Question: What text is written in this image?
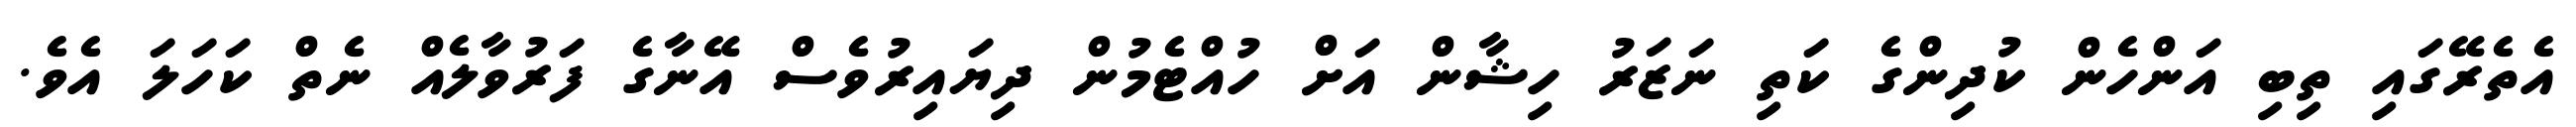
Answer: އެތެރޭގައި ތިބި އަންހެން ކުދިންގެ ކަތި ނަޒަރު ހިޝާން އަށް ހުއްޓެމުން ދިޔައިރުވެސް އޭނާގެ ފަރުވާލެއް ނެތް ކަހަލަ އެވެ.